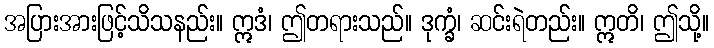
အပြားအားဖြင့်သိသနည်း။ ဣဒံ၊ ဤတရားသည်။ ဒုက္ခံ၊ ဆင်းရဲတည်း။ ဣတိ၊ ဤသို့။